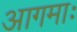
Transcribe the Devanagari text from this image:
आगमाः